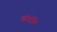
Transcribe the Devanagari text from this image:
बॉर्दोन